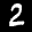
Label: 2